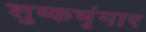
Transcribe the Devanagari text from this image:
शुष्कभृंगार